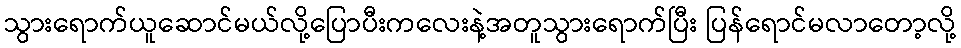
သွားရောက်ယူဆောင်မယ်လို့ပြောပီးကလေးနဲ့အတူသွားရောက်ပြီး ပြန်ရောင်မလာတော့လို့